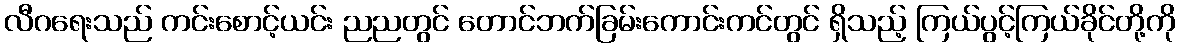
လီဂရေးသည် ကင်းစောင့်ယင်း ညညတွင် တောင်ဘက်ခြမ်းကောင်းကင်တွင် ရှိသည့် ကြယ်ပွင့်ကြယ်ခိုင်တို့ကို